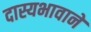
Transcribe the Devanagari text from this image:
दास्यभावाने